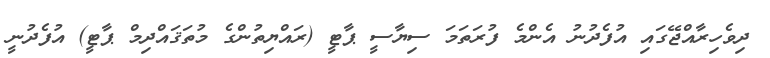
ދިވެހިރާއްޖޭގައި އުފެދުނު އެންމެ ފުރަތަމަ ސިޔާސީ ޕާޓީ (ރައްޔިތުންގެ މުތަޤައްދިމް ޕާޓީ) އުފެދުނީ